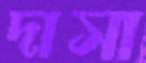
দাসা